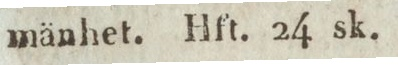
mänhet. Hft. 24 sk.